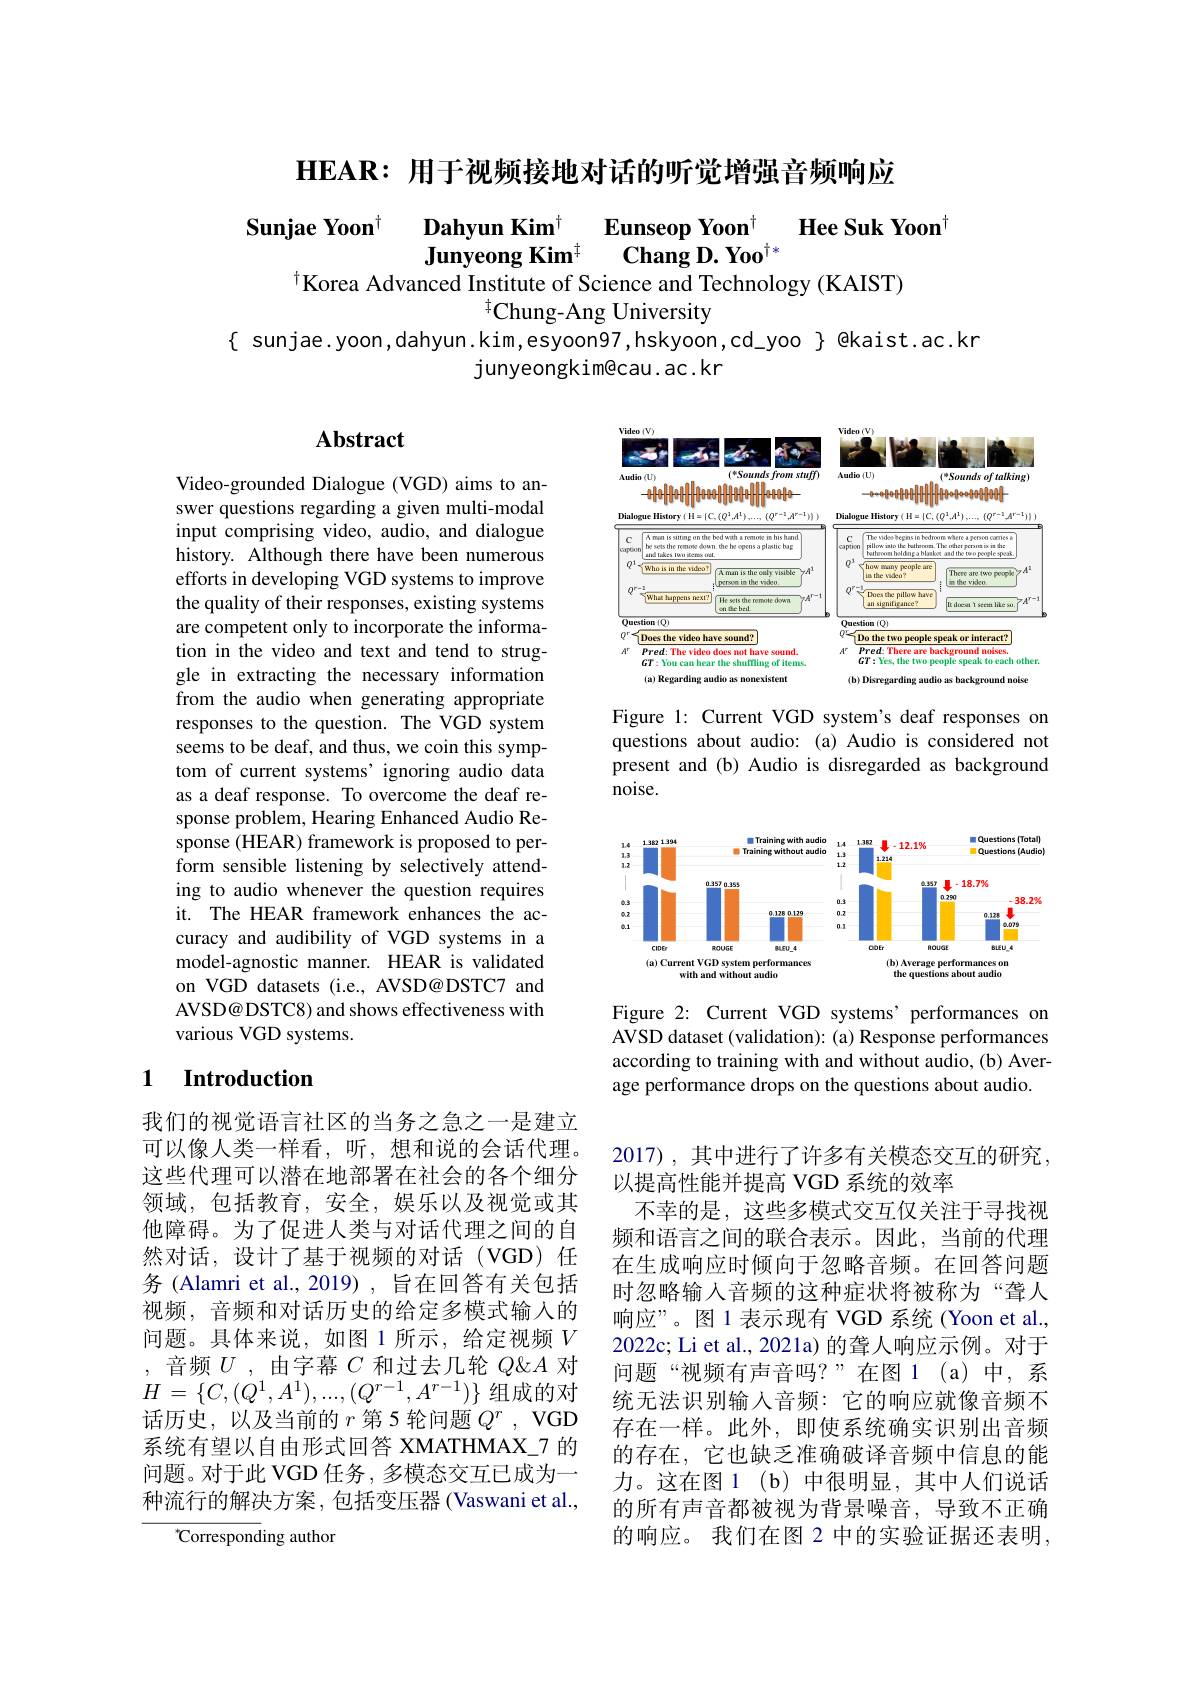
$\mathbf{HEAR:}$用于视频接地对话的听觉增强音频响应

$\begin{array}{ccc}\text{Sunjae Yoon}^{\dagger}&\textbf{Dahyun Kim}^{\dagger}&\textbf{Eunseop Yoon}^{\dagger}\\&\textbf{Junyeong Kim}^{\dagger}&\textbf{Chang D.Yoo}^{\dagger*}\end{array}$Hee Suk Yoon$^{\dagger}$
$^{\dagger}$Korea Advanced Institute of Science and Technology (KAIST)

$^{\dagger}$Chung-Ang University
$\{$ sunjae.yoon,dahyun.kim,esyoon97,hskyoon,cd\_yoo $\}$ @kaist.ac.kr
junyeongkim@cau. ac. kr

## Abstract

<FigureHere>

Figure 1: Current VGD system's deaf responses on questions about audio: (a) Audio is considered not present and (b) Audio is disregarded as background noise.

Video-grounded Dialogue (VGD) aims to answer questions regarding a given multi-modal input comprising video, audio, and dialogue history. Although there have been numerous efforts in developing VGD systems to improve the quality of their responses, existing systems are competent only to incorporate the information in the video and text and tend to struggle in extracting the necessary information from the audio when generating appropriate responses to the question. The VGD system seems to be deaf, and thus, we coin this symptom of current systems’ignoring audio data as a deaf response. To overcome the deaf response problem, Hearing Enhanced Audio Response (HEAR) framework is proposed to perform sensible listening by selectively attending to audio whenever the question requires it. The HEAR framework enhances the accuracy and audibility of VGD systems in a model-agnostic manner. HEAR is validated on VGD datasets (i.e., AVSD@DSTC7 and AVSD@ DSTC8) and shows effectiveness with various VGD systems.

<FigureHere>

Figure 2: Current VGD systems' performances on AVSD dataset (validation): (a) Response performances according to training with and without audio, (b) Average performance drops on the questions about audio.

## 1 Introduction

我们的视觉语言社区的当务之急之一是建立可以像人类一样看，听，想和说的会话代理。这些代理可以潜在地部署在社会的各个细分领域，包括教育，安全，娱乐以及视觉或其他障碍。为了促进人类与对话代理之间的自然对话，设计了基于视频的对话(VGD)任务 (Alamri et al., 2019) , 旨在回答有关包括视频，音频和对话历史的给定多模式输入的问题。具体来说，如图 1 所示，给定视频$V$ ,音频$U$,由字幕$C$和过去几轮$Q\&A$对$H=\{C,(Q^1,A^1),...,(Q^{r-1},A^{r-1})\}$组成的对话历史，以及当前的$r$ 第5轮问题$Q^r$,VGD 系统有望以自由形式回答 XMATHMAX\_7 的问题。对于此 VGD 任务，多模态交互已成为一种流行的解决方案，包括变压器(Vaswani et al.,

2017),其中进行了许多有关模态交互的研究，
以提高性能并提高 VGD 系统的效率
不幸的是，这些多模式交互仅关注于寻找视频和语言之间的联合表示。因此，当前的代理在生成响应时倾向于忽略音频。在回答问题时忽略输入音频的这种症状将被称为“聋人响应”。图 1 表示现有 VGD 系统 (Yoon et al., 2022c; Li et al., 2021a) 的聋人响应示例。对于问题“视频有声音吗？”在图 1(a)中，系统无法识别输入音频：它的响应就像音频不存在一样。此外，即使系统确实识别出音频的存在，它也缺乏准确破译音频中信息的能力。这在图 1 (b) 中很明显，其中人们说话的所有声音都被视为背景噪音，导致不正确的响应。我们在图 2 中的实验证据还表明，

${}^{*}$Corresponding author